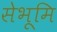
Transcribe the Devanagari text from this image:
सेभूमि